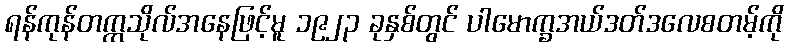
ရန်ကုန်တက္ကသိုလ်အနေဖြင့်မူ ၁၉၂၃ ခုနှစ်တွင် ပါမောက္ခအယ်ဒတ်ဒလေစတမ့်ကို